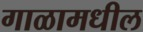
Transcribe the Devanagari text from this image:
गाळामधील